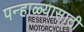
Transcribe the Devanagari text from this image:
पन्हाळ्यासाठी